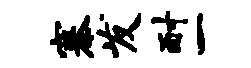
寨发耐一